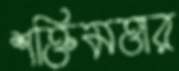
শক্তিমত্তার